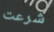
شرعت